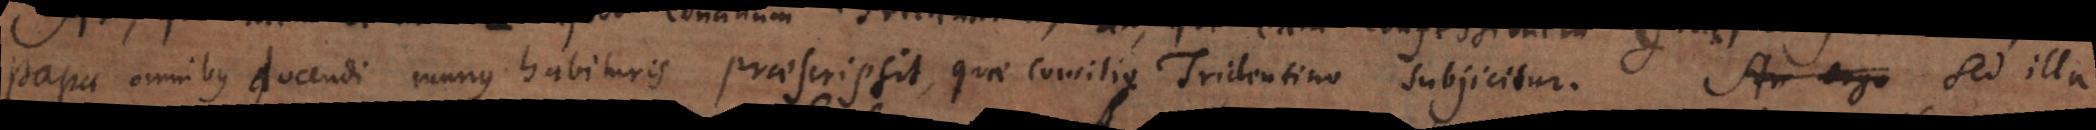
Papa omnibus docendi munus habituris praescripsit, quae Concilio Tridentino subjicitur. An ergo Sed illa